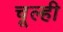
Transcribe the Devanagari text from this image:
चूल्ही